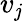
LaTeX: v_{\mathit{j}}